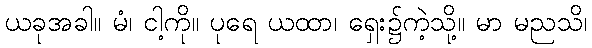
ယခုအခါ။ မံ၊ ငါ့ကို။ ပုရေ ယထာ၊ ရှေး၌ကဲ့သို့။ မာ မညသိ၊